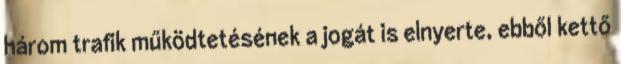
három trafik működtetésének a jogát is elnyerte, ebből kettő